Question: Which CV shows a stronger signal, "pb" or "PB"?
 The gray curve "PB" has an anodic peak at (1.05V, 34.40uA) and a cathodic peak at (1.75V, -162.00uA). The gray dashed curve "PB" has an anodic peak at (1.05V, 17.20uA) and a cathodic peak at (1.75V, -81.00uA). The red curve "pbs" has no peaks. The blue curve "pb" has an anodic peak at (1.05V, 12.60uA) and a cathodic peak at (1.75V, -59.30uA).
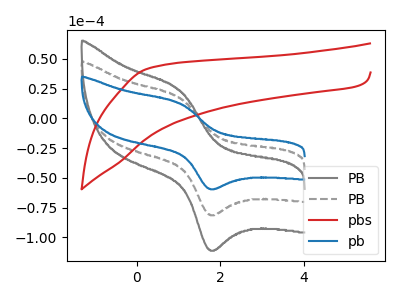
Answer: <think>All the peaks in "pb" have a peak in "PB" at the same potential. Every peak in "pb" is lower than every peak in "PB".
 </think>
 <answer>"pb" has less signal than "PB".</answer>
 <eval>less_signal</eval>